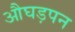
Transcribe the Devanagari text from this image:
औघड़पन